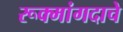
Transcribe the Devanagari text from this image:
रूक्मांगदाचे